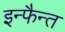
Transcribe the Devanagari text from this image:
इन्फैन्त